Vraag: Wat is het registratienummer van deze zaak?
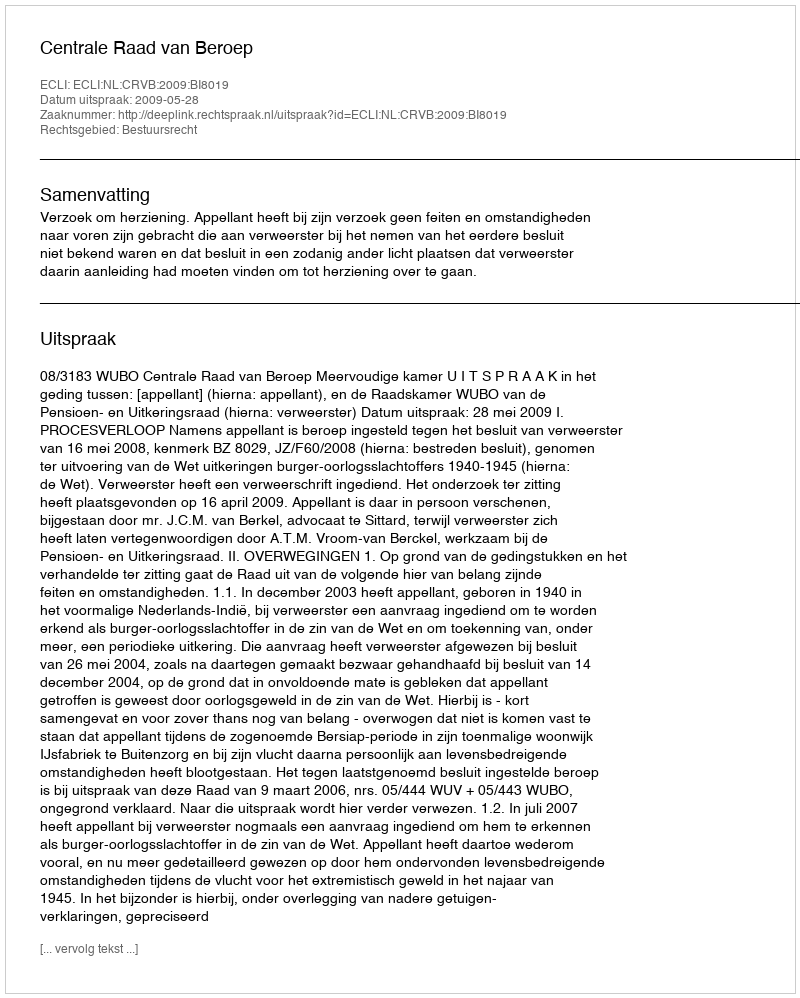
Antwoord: http://deeplink.rechtspraak.nl/uitspraak?id=ECLI:NL:CRVB:2009:BI8019